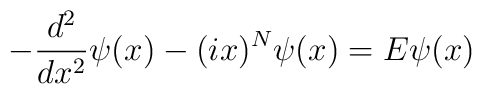
-\frac{d^2}{dx^2}\psi(x)-(ix)^N\psi(x)=E\psi(x)